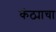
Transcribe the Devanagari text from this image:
कंठ्याचा